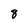
Character: 8